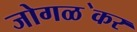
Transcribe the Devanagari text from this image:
जोगळ॓कर